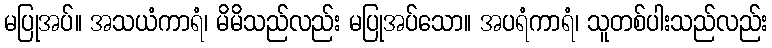
မပြုအပ်။ အသယံကာရံ၊ မိမိသည်လည်း မပြုအပ်သော။ အပရံကာရံ၊ သူတစ်ပါးသည်လည်း